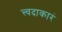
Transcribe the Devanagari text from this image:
त्त्वदाकारं